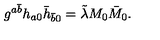
g ^ { a \bar { b } } h _ { a 0 } \bar { h } _ { \bar { b } 0 } = \tilde { \lambda } M _ { 0 } \bar { M } _ { 0 } .